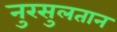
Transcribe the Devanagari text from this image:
नुरसुलतान